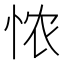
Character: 𢙐